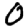
Digit: 0